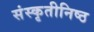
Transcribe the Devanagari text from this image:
संस्कृतीनिष्ठ